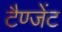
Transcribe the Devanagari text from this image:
टैण्जेंट